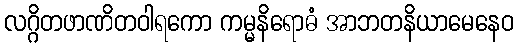
လဂ္ဂိတဖာဏိတဝါရကော ကမ္မနိရောဓံ အာဘတနိယာမေနေဝ